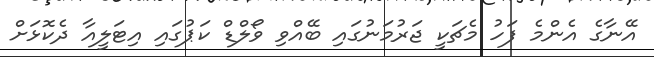
އޭނާގެ އެންމެ ފަހު މެޗަކީ ޖަރުމަނުގައި ބޭއްވި ވޯލްޑް ކަޕުގައި އިޓަލީއާ ދެކޮޅަށް